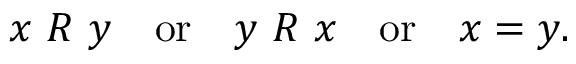
x \ R \ y \quad { \mathrm { o r } } \quad y \ R \ x \quad { \mathrm { o r } } \quad x = y .